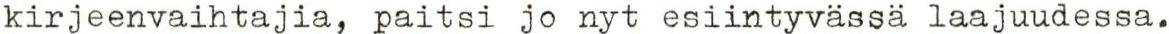
kirjeenvaihtajia, paitsi jo nyt esiintyvässä laajuudessa.